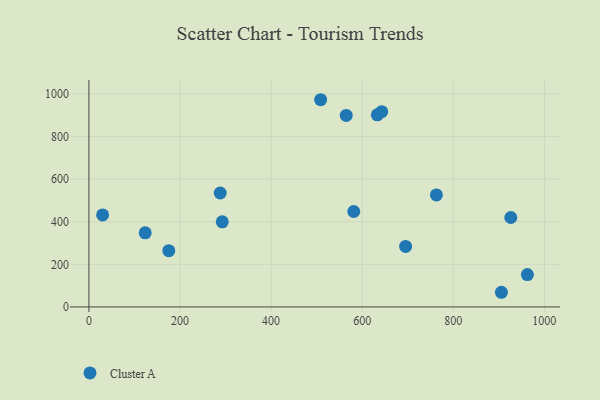
{"axis": {"x": "Speed", "y": "Fuel Efficiency"}, "legend": ["Cluster A"], "data": [{"x": "30.1", "y": 431.8, "type": "Cluster A"}, {"x": "962.7", "y": 151.9, "type": "Cluster A"}, {"x": "123.6", "y": 347.7, "type": "Cluster A"}, {"x": "926.3", "y": 419.9, "type": "Cluster A"}, {"x": "905.7", "y": 68.8, "type": "Cluster A"}, {"x": "565.0", "y": 898.8, "type": "Cluster A"}, {"x": "175.4", "y": 263.9, "type": "Cluster A"}, {"x": "581.5", "y": 448.0, "type": "Cluster A"}, {"x": "508.8", "y": 972.7, "type": "Cluster A"}, {"x": "633.3", "y": 901.9, "type": "Cluster A"}, {"x": "642.9", "y": 916.5, "type": "Cluster A"}, {"x": "292.8", "y": 399.4, "type": "Cluster A"}, {"x": "695.4", "y": 284.1, "type": "Cluster A"}, {"x": "288.3", "y": 534.9, "type": "Cluster A"}, {"x": "763.0", "y": 525.8, "type": "Cluster A"}]}